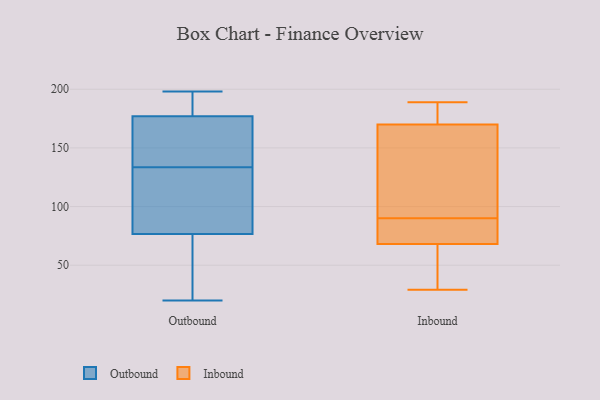
{"axis": {"x": "Inventory Turnover", "y": "Value"}, "legend": ["Inbound", "Outbound"], "data": [{"x": "", "y": 37, "type": "Outbound"}, {"x": "", "y": 198, "type": "Outbound"}, {"x": "", "y": 81, "type": "Outbound"}, {"x": "", "y": 133, "type": "Outbound"}, {"x": "", "y": 176, "type": "Outbound"}, {"x": "", "y": 72, "type": "Outbound"}, {"x": "", "y": 147, "type": "Outbound"}, {"x": "", "y": 30, "type": "Outbound"}, {"x": "", "y": 187, "type": "Outbound"}, {"x": "", "y": 86, "type": "Outbound"}, {"x": "", "y": 189, "type": "Outbound"}, {"x": "", "y": 176, "type": "Outbound"}, {"x": "", "y": 178, "type": "Outbound"}, {"x": "", "y": 20, "type": "Outbound"}, {"x": "", "y": 124, "type": "Outbound"}, {"x": "", "y": 134, "type": "Outbound"}, {"x": "", "y": 84, "type": "Inbound"}, {"x": "", "y": 189, "type": "Inbound"}, {"x": "", "y": 68, "type": "Inbound"}, {"x": "", "y": 82, "type": "Inbound"}, {"x": "", "y": 170, "type": "Inbound"}, {"x": "", "y": 186, "type": "Inbound"}, {"x": "", "y": 33, "type": "Inbound"}, {"x": "", "y": 178, "type": "Inbound"}, {"x": "", "y": 29, "type": "Inbound"}, {"x": "", "y": 96, "type": "Inbound"}, {"x": "", "y": 77, "type": "Inbound"}, {"x": "", "y": 53, "type": "Inbound"}, {"x": "", "y": 147, "type": "Inbound"}, {"x": "", "y": 116, "type": "Inbound"}]}